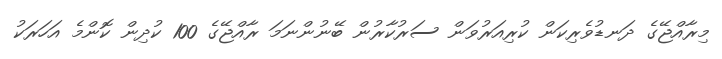
މިރާއްޖޭގެ ދަނޑުވެރިކަން ކުރިއަރުވަން ސަރުކާރުން ބޭނުންނަމަ ރާއްޖޭގެ 100 ކުދިން ކޮންމެ އަހަރަކު